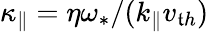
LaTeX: \kappa_{\| }=\eta\omega_{\ast}/(k_{\| }v_{\mathfrak{t}h})